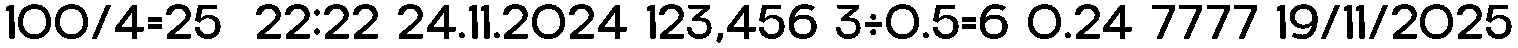
100/4=25  22:22 24.11.2024 123,456 3÷0.5=6 0.24 7777 19/11/2025